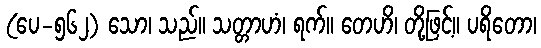
(ပေ-၅၆၂) သော၊ သည်။ သတ္တာဟံ၊ ရက်။ တေဟိ၊ တို့ဖြင့်။ ပရိတော၊